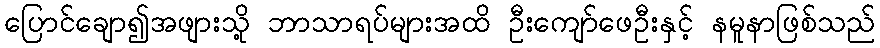
ပြောင်ချော၍အဖျားသို့ ဘာသာရပ်များအထိ ဦးကျော်ဖေဦးနှင့် နမူနာဖြစ်သည်